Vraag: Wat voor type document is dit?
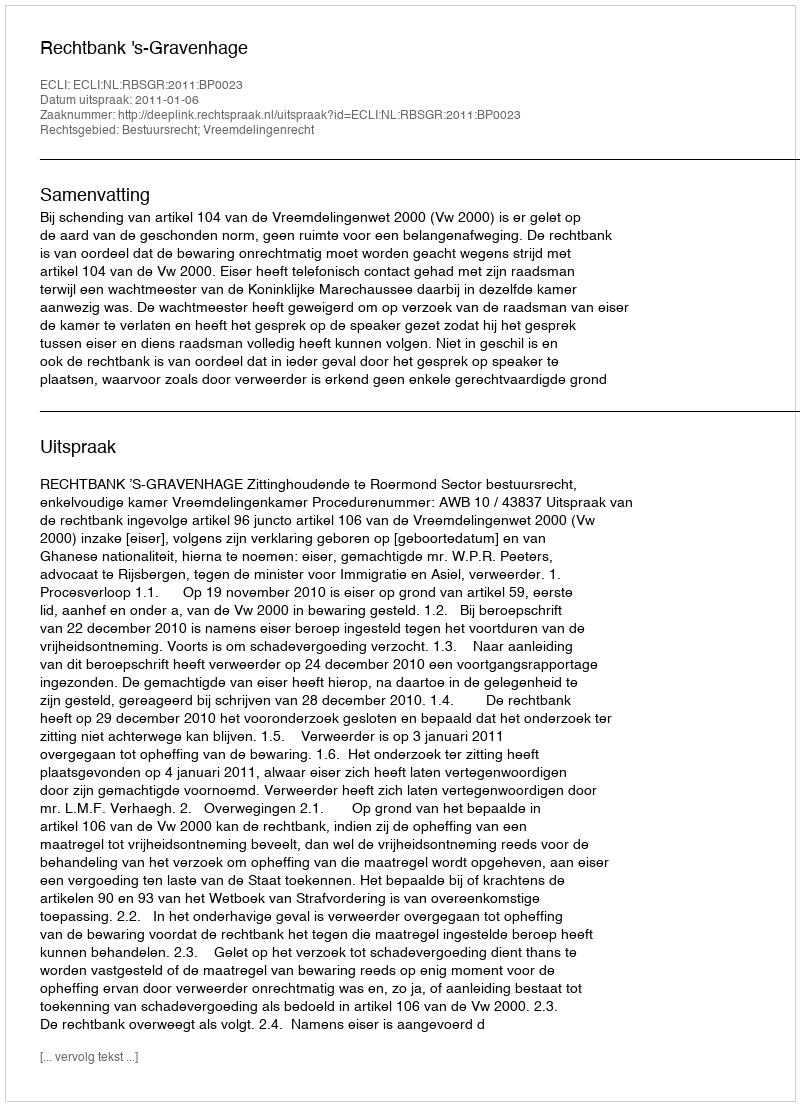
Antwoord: Uitspraak